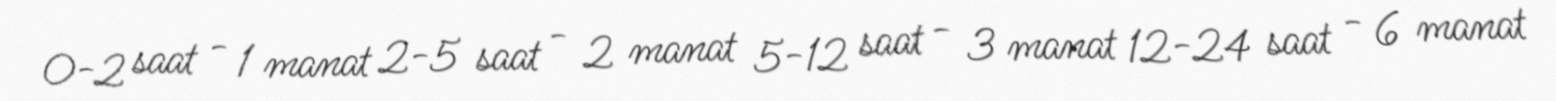
0-2 saat - 1 manat 2-5 saat - 2 manat 5-12 saat - 3 manat 12-24 saat - 6 manat